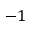
- 1